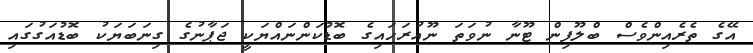
އޭގެ ތެރެއިންވެސް ބްލޫފިން ޓޫނާ ނުވަތަ ނޫއުރަހައިގެ ބޮޑުކަންނައްޔަކީ ޖަޕާނުގެ ގިނަބަޔަކު ބޮޑުއަގުގައި